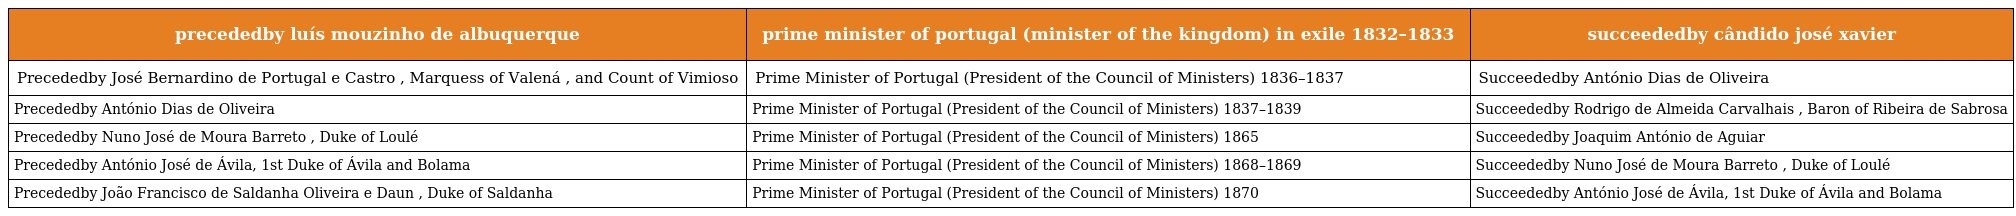
| precededby luís mouzinho de albuquerque | prime minister of portugal (minister of the kingdom) in exile 1832–1833 | succeededby cândido josé xavier |
 | --- | --- | --- |
 | Precededby José Bernardino de Portugal e Castro , Marquess of Valená , and Count of Vimioso | Prime Minister of Portugal (President of the Council of Ministers) 1836–1837 | Succeededby António Dias de Oliveira |
 | Precededby António Dias de Oliveira | Prime Minister of Portugal (President of the Council of Ministers) 1837–1839 | Succeededby Rodrigo de Almeida Carvalhais , Baron of Ribeira de Sabrosa |
 | Precededby Nuno José de Moura Barreto , Duke of Loulé | Prime Minister of Portugal (President of the Council of Ministers) 1865 | Succeededby Joaquim António de Aguiar |
 | Precededby António José de Ávila, 1st Duke of Ávila and Bolama | Prime Minister of Portugal (President of the Council of Ministers) 1868–1869 | Succeededby Nuno José de Moura Barreto , Duke of Loulé |
 | Precededby João Francisco de Saldanha Oliveira e Daun , Duke of Saldanha | Prime Minister of Portugal (President of the Council of Ministers) 1870 | Succeededby António José de Ávila, 1st Duke of Ávila and Bolama |